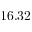
1 6 . 3 2